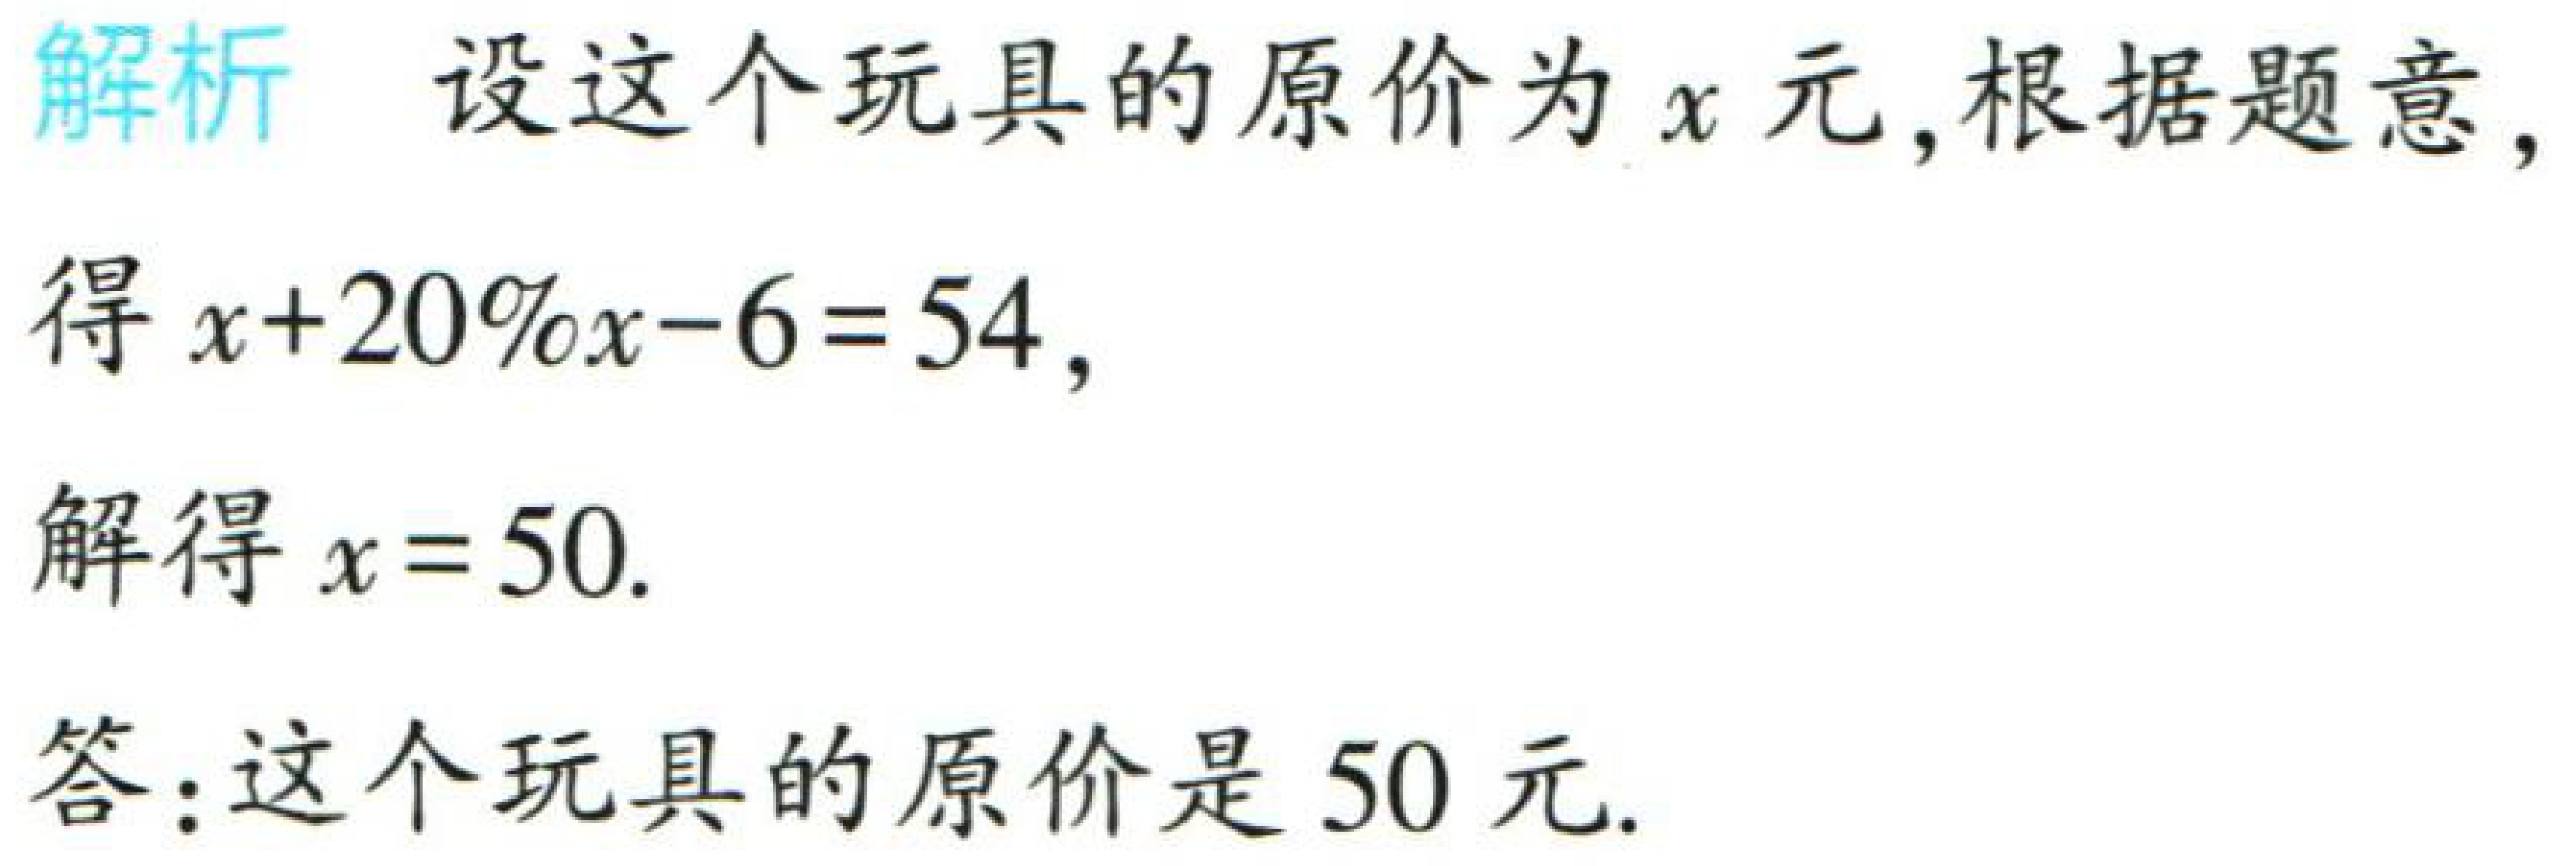
解析：设这个玩具的原价为\(x\)元,根据题意,

得\(x + 20\%x - 6 = 54\),

解得\(x = 50\).

答：这个玩具的原价是\(50\)元.